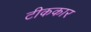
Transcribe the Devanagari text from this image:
टीककार